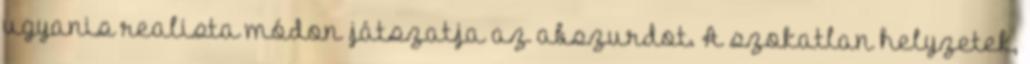
ugyanis realista módon játszatja az abszurdot. A szokatlan helyzetek,